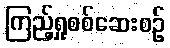
ကြည့်ရှုစစ်ဆေးစဉ်